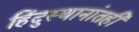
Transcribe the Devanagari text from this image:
हिंदुस्थानांतही